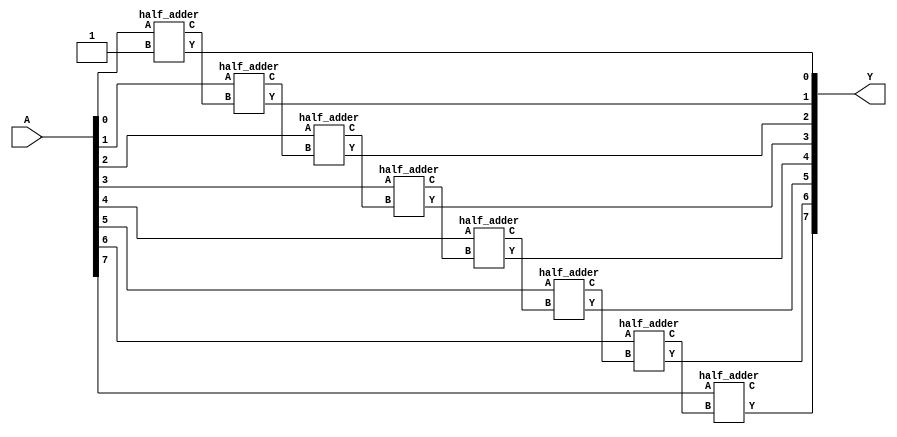
`timescale 1ns / 1ps

module incrementer_8bit(
    input [7:0] A,
    output [7:0] Y
    );
    wire [7:0] C;
    wire C_out;
    
    assign C[0] = 1'b1;
    
    half_adder HA [7:0] (A, C, Y, {C_out,C[7:1]});
    
endmodule



module half_adder(
    input A, B,
    output Y, C
    );
    
    assign Y = A^B;
    assign C = A|B;
    
endmodule